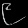
Digit: ၉